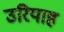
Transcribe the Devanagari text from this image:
उरियाह